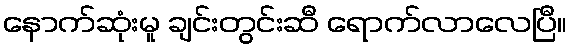
နောက်ဆုံးမူ ချင်းတွင်းဆီ ရောက်လာလေပြီ။